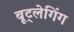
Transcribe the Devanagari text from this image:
बूट्लेगिंग